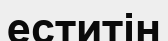
еститін